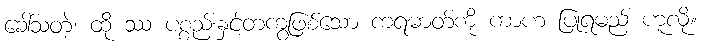
ခေါ်သတဲ့၊ ထို ဿ ပစ္စည်းနှင့်တကွဖြစ်သော ကရဓာတ်ကို ကာဟ ပြုရမည် ဟူလို။